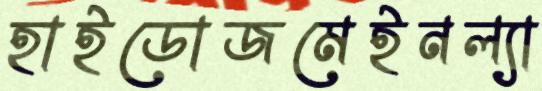
হাইডোজমেইনল্যা